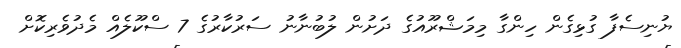
ޔުނިސެފާ ގުޅިގެން ހިންގާ މިމަޝްރޫއުގެ ދަށުން ލުބުނާނު ސަރުކާރުގެ 7 ސްކޫލެއް މެދުވެރިކޮށް